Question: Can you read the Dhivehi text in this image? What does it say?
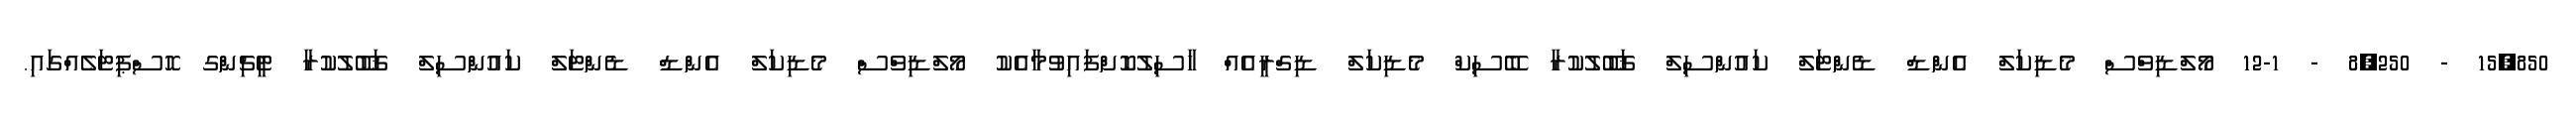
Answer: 15,850 - 8,250 - 12-1 މޯލްޑިވްސް މެޑިކަލް އެންޑް ޑެންޓަލް ކައުންސިލް ޤަބޫލުކުރާ ބޭސިކް މެޑިކަލް ޑިގްރީއެއް ހާސިލުކޮށްފައިވުމާއެކު މޯލްޑިވްސް މެޑިކަލް އެންޑް ޑެންޓަލް ކައުންސިލް ޤަބޫލުކުރާ ޓީޗިންގ ހޮސްޕިޓަލެއްގައި.